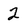
Character: 2